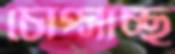
চোপ্‌সাচ্ছ